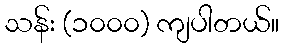
သန်း (၁၀၀၀) ကျပါတယ်။